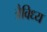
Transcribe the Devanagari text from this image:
त्रैविध्य